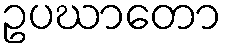
ဥပဃာတော